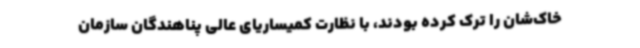
خاک‌شان را ترک کرده بودند، با نظارت کمیساریای عالی پناهندگان سازمان